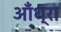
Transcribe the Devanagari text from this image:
आँध्रा